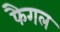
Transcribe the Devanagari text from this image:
फैगल